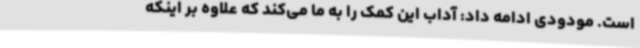
است. مودودی ادامه داد: آداب این کمک‌ را به ما می‌کند که علاوه بر اینکه